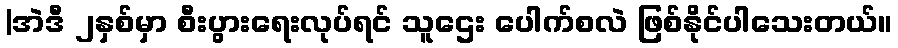
|အဲဒီ ၂နှစ်မှာ စီးပွားရေးလုပ်ရင် သူဌေး ပေါက်စလဲ ဖြစ်နိုင်ပါသေးတယ်။